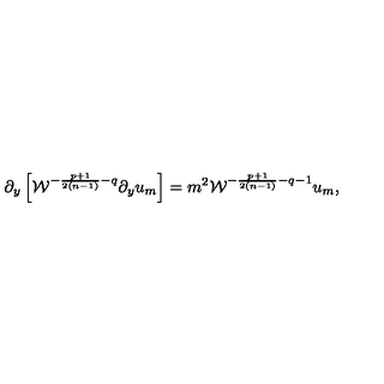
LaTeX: \partial _ { y } \left[ { \cal W } ^ { - { \frac { p + 1 } { 2 ( n - 1 ) } } - q } \partial _ { y } u _ { m } \right] = m ^ { 2 } { \cal W } ^ { - { \frac { p + 1 } { 2 ( n - 1 ) } } - q - 1 } u _ { m } ,